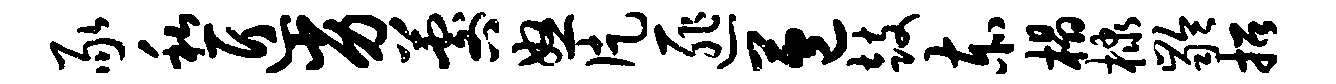
豕私匠劣晷怒片匪苞鼓赤榻棣龄招